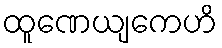
ထူဏေယျကေဟိ